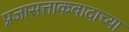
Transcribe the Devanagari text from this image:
प्रजासत्ताकवादाच्या